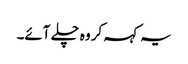
یہ کہہ کر وہ چلے آئے۔